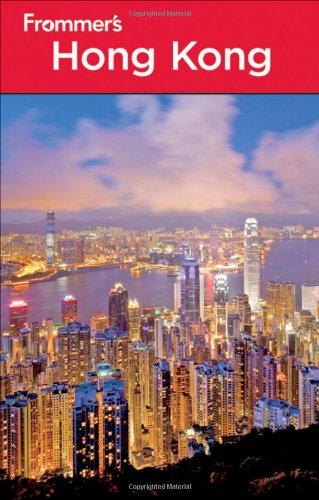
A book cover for Frommer's Hong Kong (Frommer's Complete Guides); Beth Reiber; Travel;